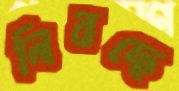
নিবছে